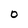
Character: 0